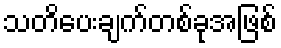
သတိပေးချက်တစ်ခုအဖြစ်